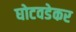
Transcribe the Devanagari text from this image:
घोटवडेकर